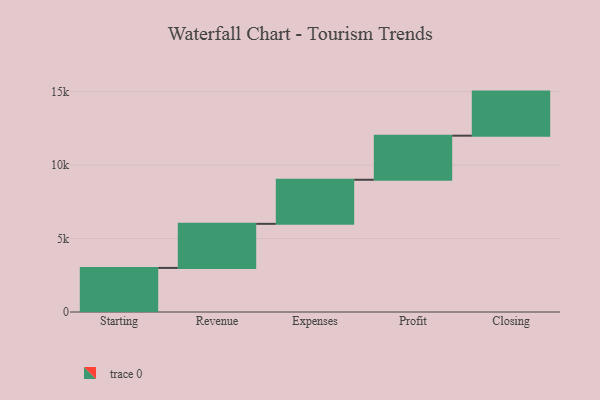
{"axis": {"x": "Step", "y": "Value"}, "legend": [""], "data": [{"x": "Starting", "y": 3000, "type": ""}, {"x": "Revenue", "y": 3000, "type": ""}, {"x": "Expenses", "y": 3000, "type": ""}, {"x": "Profit", "y": 3000, "type": ""}, {"x": "Closing", "y": 3000, "type": ""}]}